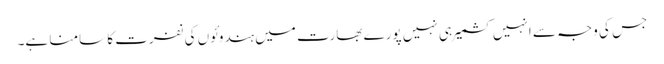
جس کی وجہ سے انہیں کشمیر ہی نہیں پورے بھارت میں ہندوئوں کی نفرت کا سامنا ہے۔